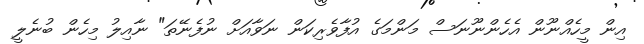
އިން މީހެއްނޫން އެހެންނޫނަސް މަންމަގެ އުފާވެރިކަން ނަވާއަށް ނުފެނޭތަ" ނާއިލު މިހެން ބުނެލީ